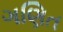
ગણિત